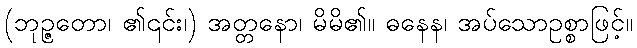
(ဘုဉ္ဇတော၊ ၏၎င်း၊) အတ္တနော၊ မိမိ၏။ ဓနေန၊ အပ်သောဥစ္စာဖြင့်။